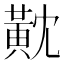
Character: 黆